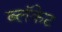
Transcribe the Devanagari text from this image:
ब्लॅकेट